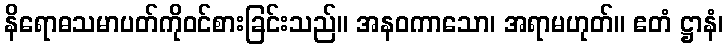
နိရောဓသမာပတ်ကိုဝင်စားခြင်းသည်။ အနဝကာသော၊ အရာမဟုတ်။ ဧတံ ဋ္ဌာနံ၊